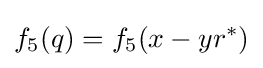
f_{5}(q)=f_{5}(x-yr^{*})